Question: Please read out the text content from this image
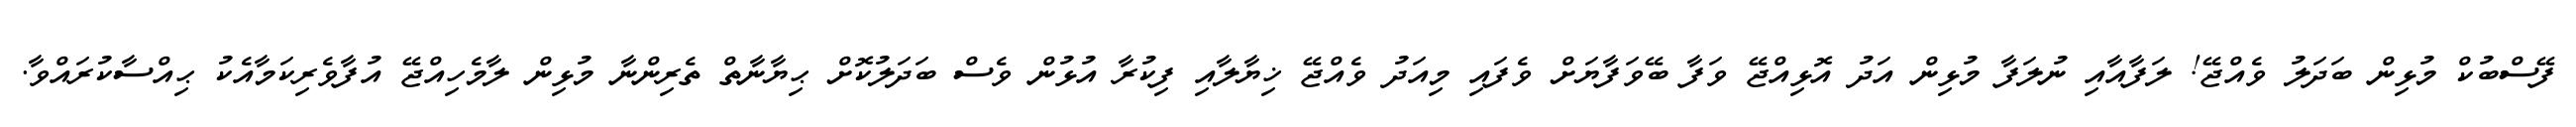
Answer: ފޭސްބުކް މުޅިން ބަދަލު ވެއްޖޭ! ލަފާއާއި ނުލަފާ މުޅިން އަދު އޮޅިއްޖޭ ވަފާ ބޭވަފާޔަށް ވެފައި މިއަދު ވެއްޖޭ ޚިޔާލާއި ފިކުރާ އުޅުން ވެސް ބަދަލުކޮށް ޙިޔާނާތް ތެރިންނާ މުޅިން ލާމެހިއްޖޭ އުފާވެރިކަމާއެކު ޙިއްސާކުރައްވާ.